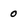
Character: 0